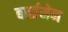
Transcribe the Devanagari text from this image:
बार्समेन